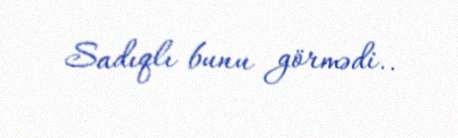
Sadıqlı bunu görmədi..